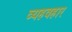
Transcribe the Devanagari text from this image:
व्यहवहार